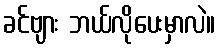
ခင်ဗျား ဘယ်လိုပေးမှာလဲ။